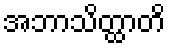
အဘာသိတ္ထာတိ